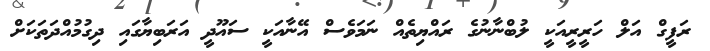
ރަފީގް އަލް ހަރީރީއަކީ ލުބްނާނުގެ ރައްޔިތެއް ނަމަވެސް އޭނާއަކީ ސައޫދީ އަރަބިޔާގައި ދިގުމުއްދަތަކަށް